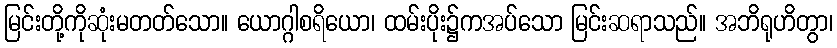
မြင်းတို့ကိုဆုံးမတတ်သော။ ယောဂ္ဂါစရိယော၊ ထမ်းပိုး၌ကအပ်သော မြင်းဆရာသည်။ အဘိရုဟိတွာ၊